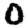
Digit: 0